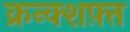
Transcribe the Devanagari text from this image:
क्रन्क्शफ़्त